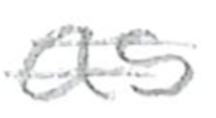
Text: as
Cross-out: double-line
Writing tool: pencil